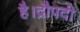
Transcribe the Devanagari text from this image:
है।द्रौपदी